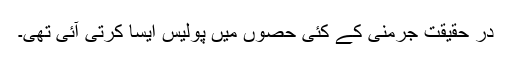
در حقیقت جرمنی کے کئی حصوں میں پولیس ایسا کرتی آئی تھی۔